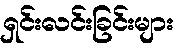
ရှင်းလင်းခြင်းများ